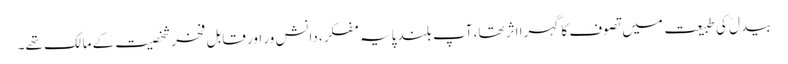
بیدل ؒکی طبیعت میں تصوف کا گہرا اثر تھا، آپ بلند پایہ مفکر، دانش ور اور قابل فخرشخصیت کے مالک تھے۔